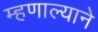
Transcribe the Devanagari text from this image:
म्हणाल्याने